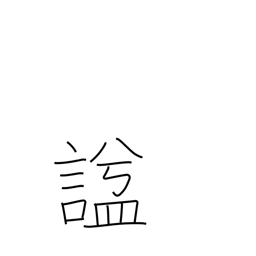
Meaning: posthumous name